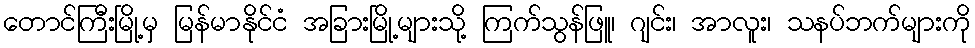
တောင်ကြီးမြို့မှ မြန်မာနိုင်ငံ အခြားမြို့များသို့ ကြက်သွန်ဖြူ၊ ဂျင်း၊ အာလူး၊ သနပ်ဘက်များကို